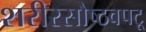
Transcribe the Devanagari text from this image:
शरीरसौष्ठवपटू